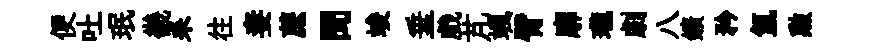
便吐珉畿耒往妻蔗聞竣垂戲芃颯臂廓瓏劇八鑛矜氳勲